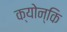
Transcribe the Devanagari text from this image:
क्योन्कि